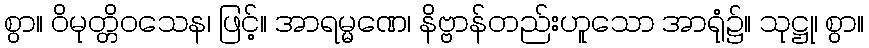
စွာ။ ဝိမုတ္တိဝသေန၊ ဖြင့်။ အာရမ္မဏေ၊ နိဗ္ဗာန်တည်းဟူသော အာရုံ၌။ သုဋ္ဌု၊ စွာ။